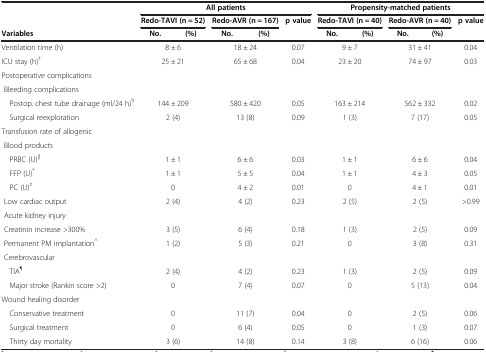
<table><thead><tr><td><b> </b></td><td colspan="5"><b>All patients</b></td><td colspan="5"><b>Propensity-matched patients</b></td></tr><tr><td><b> </b></td><td colspan="2"><b>Redo-TAVI (n = 52)</b></td><td colspan="2"><b>Redo-AVR (n = 167)</b></td><td><b>p value</b></td><td colspan="2"><b>Redo-TAVI (n = 40)</b></td><td colspan="2"><b>Redo-AVR (n = 40)</b></td><td><b>p value</b></td></tr><tr><td><b>Variables</b></td><td><b>No.</b></td><td><b>(%)</b></td><td><b>No.</b></td><td><b>(%)</b></td><td><b> </b></td><td><b>No.</b></td><td><b>(%)</b></td><td><b>No.</b></td><td><b>(%)</b></td><td><b> </b></td></tr></thead><tbody><tr><td>Ventilation time (h)</td><td colspan="2">8 ± 6</td><td colspan="2">18 ± 24</td><td>0.07</td><td colspan="2">9 ± 7</td><td colspan="2">31 ± 41</td><td>0.04</td></tr><tr><td>ICU stay (h)<sup>†</sup></td><td colspan="2">25 ± 21</td><td colspan="2">65 ± 68</td><td>0.04</td><td colspan="2">23 ± 20</td><td colspan="2">74 ± 97</td><td>0.03</td></tr><tr><td>Postoperative complications</td><td colspan="10"> </td></tr><tr><td> Bleeding complications</td><td colspan="10"> </td></tr><tr><td> Postop. chest tube drainage (ml/24 h)<sup>§</sup></td><td colspan="2">144 ± 209</td><td colspan="2">580 ± 420</td><td>0.05</td><td colspan="2">163 ± 214</td><td colspan="2">562 ± 332</td><td>0.02</td></tr><tr><td> Surgical reexploration</td><td colspan="2">2 (4)</td><td colspan="2">13 (8)</td><td>0.09</td><td colspan="2">1 (3)</td><td colspan="2">7 (17)</td><td>0.05</td></tr><tr><td>Transfusion rate of allogenic</td><td colspan="10"> </td></tr><tr><td> Blood products</td><td colspan="10"> </td></tr><tr><td> PRBC (U)<sup>||</sup></td><td colspan="2">1 ± 1</td><td colspan="2">6 ± 6</td><td>0.03</td><td colspan="2">1 ± 1</td><td colspan="2">6 ± 6</td><td>0.04</td></tr><tr><td> FFP (U)<sup>*</sup></td><td colspan="2">1 ± 1</td><td colspan="2">5 ± 5</td><td>0.04</td><td colspan="2">1 ± 1</td><td colspan="2">4 ± 3</td><td>0.05</td></tr><tr><td> PC (U)<sup>‡</sup></td><td colspan="2">0</td><td colspan="2">4 ± 2</td><td>0.01</td><td colspan="2">0</td><td colspan="2">4 ± 1</td><td>0.01</td></tr><tr><td> Low cardiac output</td><td colspan="2">2 (4)</td><td colspan="2">4 (2)</td><td>0.23</td><td colspan="2">2 (5)</td><td colspan="2">2 (5)</td><td>&gt;0.99</td></tr><tr><td> Acute kidney injury</td><td colspan="10"> </td></tr><tr><td> Creatinin increase &gt;300%</td><td colspan="2">3 (5)</td><td colspan="2">6 (4)</td><td>0.18</td><td colspan="2">1 (3)</td><td colspan="2">2 (5)</td><td>0.09</td></tr><tr><td> Permanent PM implantation<sup>^</sup></td><td colspan="2">1 (2)</td><td colspan="2">5 (3)</td><td>0.21</td><td colspan="2">0</td><td colspan="2">3 (8)</td><td>0.31</td></tr><tr><td> Cerebrovascular</td><td colspan="10"> </td></tr><tr><td> TIA<sup>¶</sup></td><td colspan="2">2 (4)</td><td colspan="2">4 (2)</td><td>0.23</td><td colspan="2">1 (3)</td><td colspan="2">2 (5)</td><td>0.09</td></tr><tr><td> Major stroke (Rankin score &gt;2)</td><td colspan="2">0</td><td colspan="2">7 (4)</td><td>0.07</td><td colspan="2">0</td><td colspan="2">5 (13)</td><td>0.04</td></tr><tr><td>Wound healing disorder</td><td colspan="10"> </td></tr><tr><td> Conservative treatment</td><td colspan="2">0</td><td colspan="2">11 (7)</td><td>0.04</td><td colspan="2">0</td><td colspan="2">2 (5)</td><td>0.06</td></tr><tr><td> Surgical treatment</td><td colspan="2">0</td><td colspan="2">6 (4)</td><td>0.05</td><td colspan="2">0</td><td colspan="2">1 (3)</td><td>0.07</td></tr><tr><td> Thirty day mortality</td><td colspan="2">3 (6)</td><td colspan="2">14 (8)</td><td>0.14</td><td colspan="2">3 (8)</td><td colspan="2">6 (16)</td><td>0.06</td></tr></tbody></table>